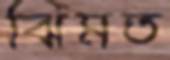
ঝিমত